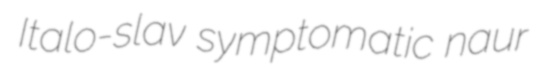
Italo-slav symptomatic naur